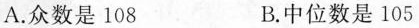
A.众数是108 B.中位数是105